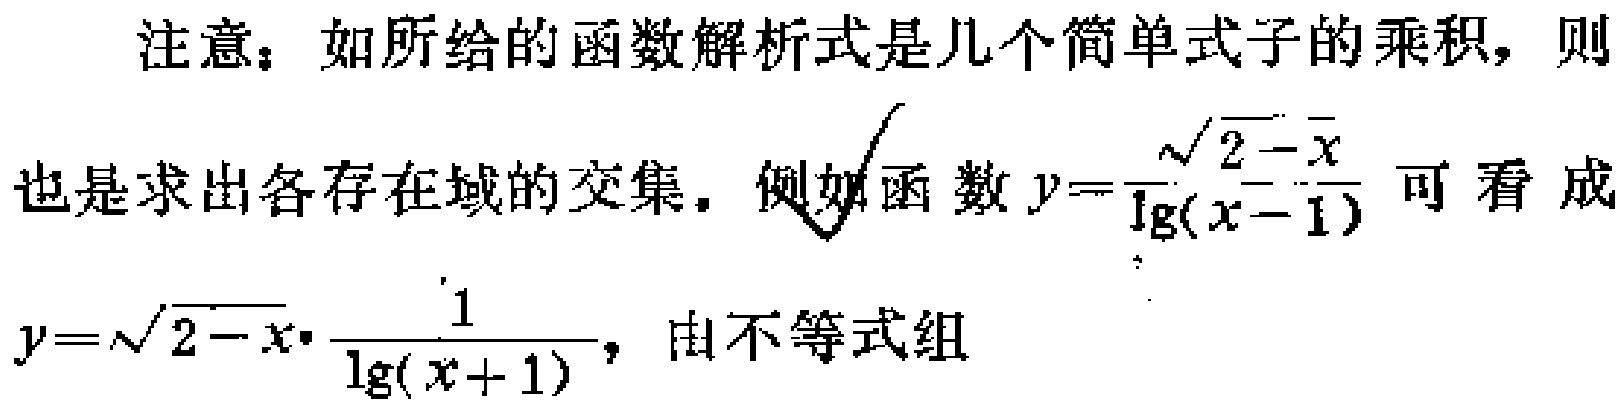
注意：如所给的函数解析式是几个简单式子的乘积，则也是求出各存在域的交集。例如函数\(y = \frac{\sqrt{2 - x}}{\lg(x - 1)}\)可看成\(y=\sqrt{2 - x}\cdot\frac{1}{\lg(x + 1)}\)，由不等式组